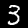
Label: 3